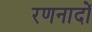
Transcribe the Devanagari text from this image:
रणनादों